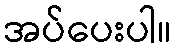
အပ်ပေးပါ။